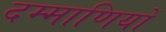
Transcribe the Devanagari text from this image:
दम्माणियों